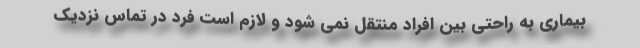
بیماری به راحتی بین افراد منتقل نمی شود و لازم است فرد در تماس نزدیک